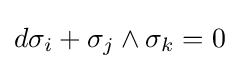
d\sigma _{i}+\sigma _{j}\wedge \sigma _{k}=0